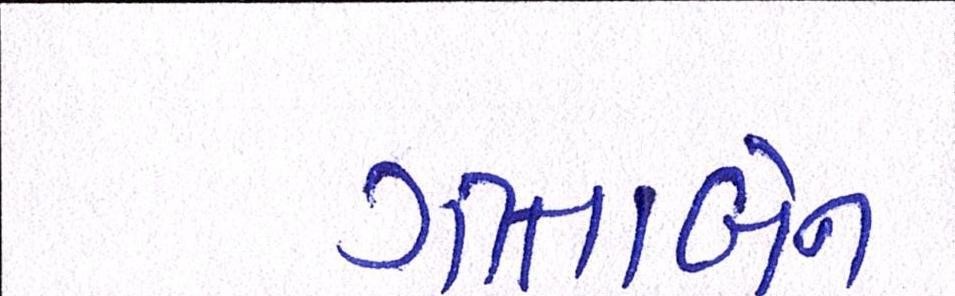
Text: ગીતાબેન